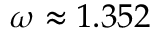
\omega \approx 1 . 3 5 2